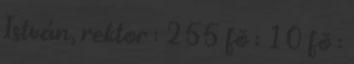
István, rektor : 255 fõ : 10 fõ :